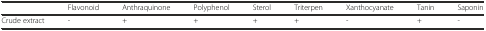
|  | Flavonoid | Anthraquinone | Polyphenol | Sterol | Triterpen | Xanthocyanate | Tanin | Saponin |
 | --- | --- | --- | --- | --- | --- | --- | --- | --- |
 | Crude extract | - | + | + | + | + | - | + | - |